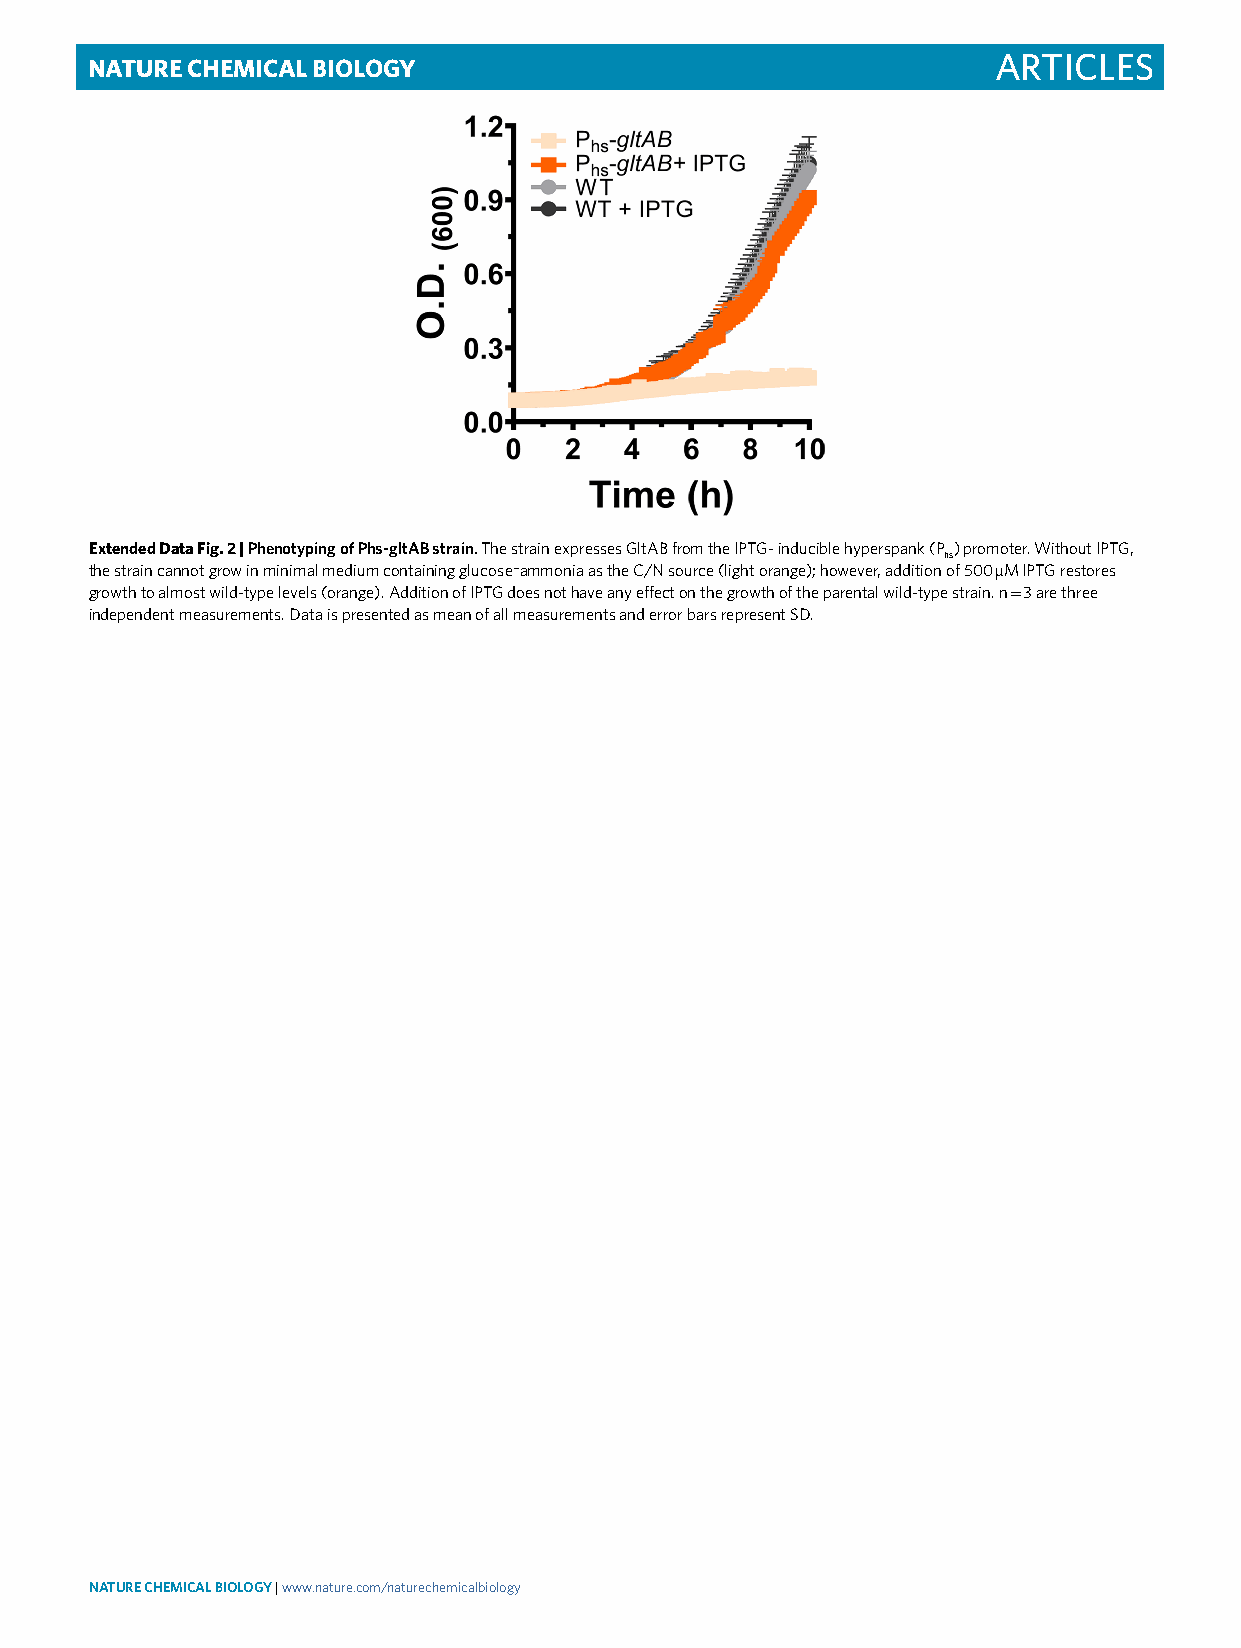
Nature ChemiCal Biology                                     Articles
 Extended Data Fig. 2 | Phenotyping of Phs-gltAB strain. The strain expresses GltAB from the IPTG- inducible hyperspank (P ) promoter. Without IPTG,
 hs
 the strain cannot grow in minimal medium containing glucose−ammonia as the C/N source (light orange); however, addition of 500 µM IPTG restores
 growth to almost wild-type levels (orange). Addition of IPTG does not have any effect on the growth of the parental wild-type strain. n = 3 are three
 independent measurements. Data is presented as mean of all measurements and error bars represent SD.
 NATurE ChEMiCAL BioLogy | www.nature.com/naturechemicalbiology